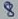
Text: 8